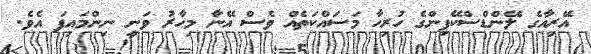
އޭރިއާގެ ލޭންޑްސްކޭޕިންގެ ހުރިހާ މަސައްކަތެއް ވެސް އޭނާ މިހާރު ވަނީ ނިންމައިފަ އެވެ.